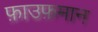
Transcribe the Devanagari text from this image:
फ़ाउफ़मान